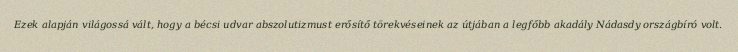
Ezek alapján világossá vált, hogy a bécsi udvar abszolutizmust erősítő törekvéseinek az útjában a legfőbb akadály Nádasdy országbíró volt.